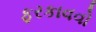
ફરકાવવો